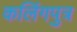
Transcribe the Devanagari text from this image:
कलिंगपुत्र